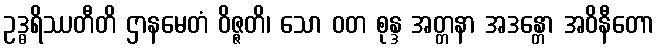
ဥဒ္ဓရိဿတီတိ ဌာနမေတံ ဝိဇ္ဇတိ၊ သော ဝတ စုန္ဒ အတ္တနာ အဒန္တော အဝိနီတော